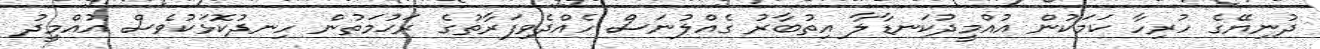
ދުނިޔޭގެ ހުރިހާ ކަމަކުން އުއްމީދުކަނޑާލާ އިތުބާރު ގެއްލުނަސް ހެއްދެވިފަރާތުގެ ރަޙުމަތުން ހިނދުކޮޅަކުވެސް އުއްމީދު